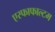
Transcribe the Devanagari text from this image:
एस्फाफाल्टम